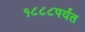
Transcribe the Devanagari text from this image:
१८८८पर्यंत